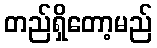
တည်ရှိတော့မည်